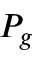
P _ { g }